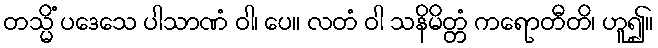
တသ္မိံ ပဒေသေ ပါသာဏံ ဝါ၊ ပေ။ လတံ ဝါ သနိမိတ္တံ ကရောတီတိ၊ ဟူ၍။